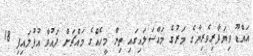
އައްޑޫ ވިޔަފާރިވެރިޔާގެ މަރުގެ މައްސަލައިގައި ތިން މީހެއްގެ މައްޗަށް ދައުވާ އުފުލައިފި 18